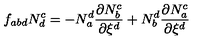
f _ { a b d } N _ { d } ^ { c } = - N _ { a } ^ { d } { \frac { { \partial } N _ { b } ^ { { c } } } { { \partial } { \xi } ^ { d } } } + N _ { b } ^ { d } { \frac { { \partial } N _ { a } ^ { { c } } } { { \partial } { \xi } ^ { d } } }